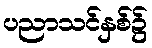
ပညာသင်နှစ်၌